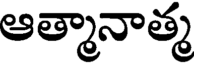
ఆత్మానాత్మ